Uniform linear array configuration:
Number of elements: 8
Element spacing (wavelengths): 0.25
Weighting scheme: exponential
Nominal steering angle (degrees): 45
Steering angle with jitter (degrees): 45.572
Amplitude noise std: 0.05
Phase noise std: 0.05

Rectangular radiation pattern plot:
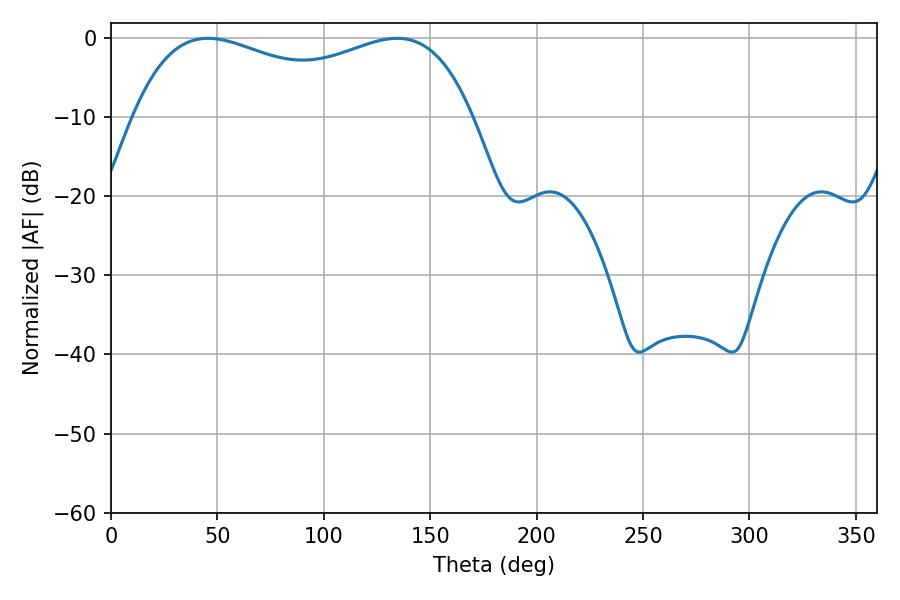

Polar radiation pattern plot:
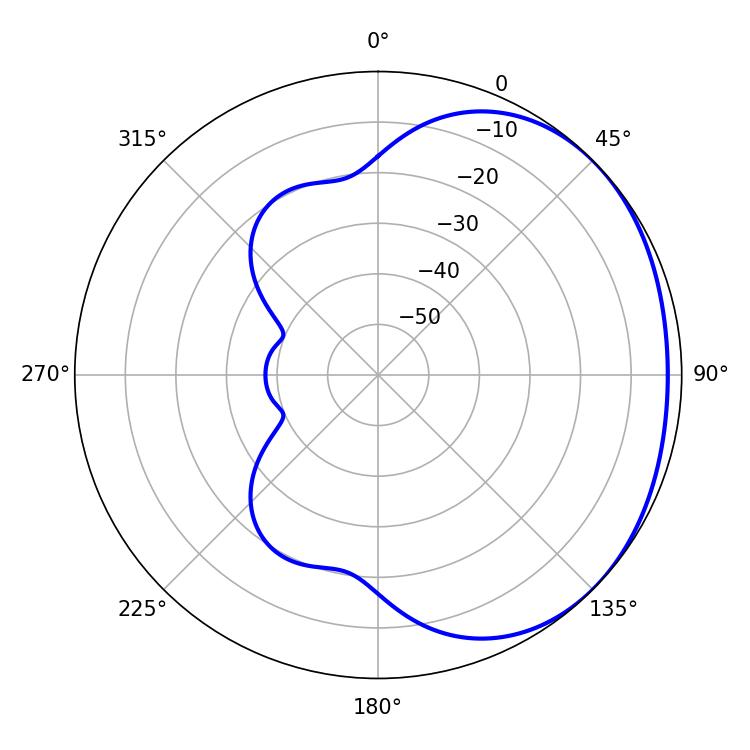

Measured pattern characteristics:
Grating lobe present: FALSE
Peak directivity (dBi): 1.526
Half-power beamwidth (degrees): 131.4
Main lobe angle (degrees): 45.54